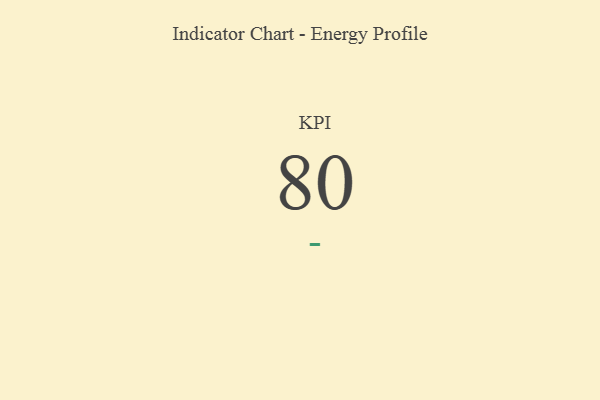
{"axis": {"x": "KPI", "y": "Value"}, "legend": [""], "data": [{"x": "KPI", "y": 80, "type": ""}]}